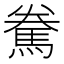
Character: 駦